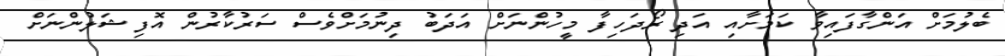
ބެލުމަށް އަންގާފައިވާ ކަމަށާއި އަދި ރޯދަހިފާ މީހުންނަށް އަދަބު ދިނުމަށްވެސް ސަރުކާރުން އޮފިޝަލުންނަށް